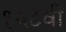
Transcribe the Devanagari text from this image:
१५८वीं